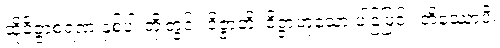
ထိုဝိဇ္ဇာစရဏ နှစ်ပါးတို့တွင်။ ဝိဇ္ဇာတိ၊ ဝိဇ္ဇာဟူသော ပါဌ်ဖြင့်။ တိဿောပိ၊